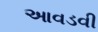
આવડવી